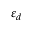
\varepsilon _ { d }